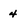
Character: 4